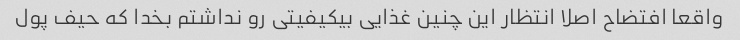
واقعا افتضاح اصلا انتظار این چنین غذایی بیکیفیتی رو نداشتم بخدا که حیف پول